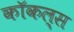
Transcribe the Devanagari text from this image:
कॉकल्स